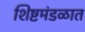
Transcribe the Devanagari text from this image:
शिष्टमंडळात